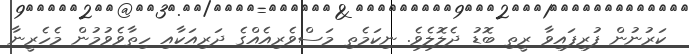
ކަރުނުން ފުރިފައިވާ ރީތި ބޮޑު ދެލޮލެވެ. ނިކަމެތި މަސްވެރިއެއްގެ ދަރިއަކާއި ހިތާވެވުމުން މެހެރީނާ